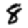
Digit: 8